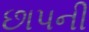
છાપની